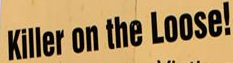
Killer on the Loose!